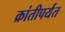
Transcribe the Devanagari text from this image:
क्रांतीपर्यंत